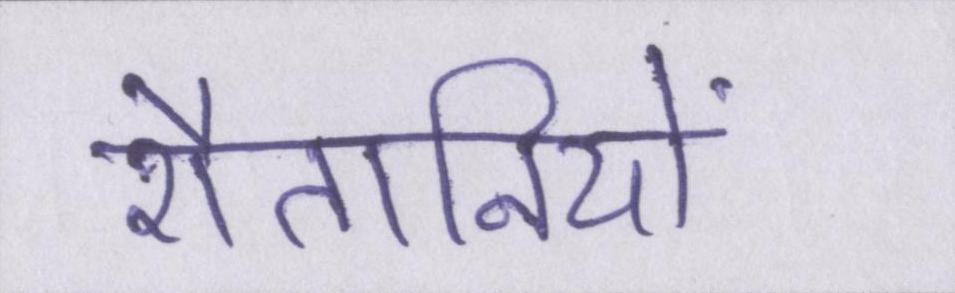
शैतानियों